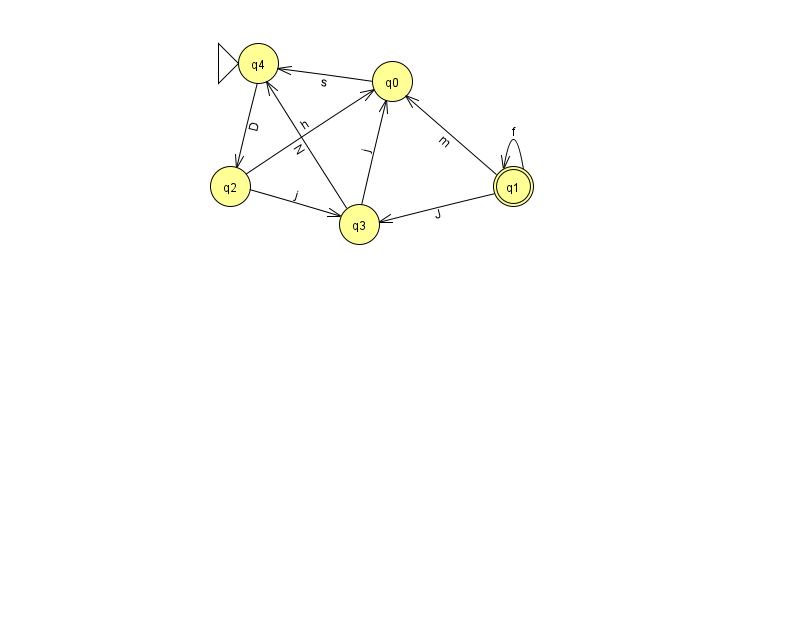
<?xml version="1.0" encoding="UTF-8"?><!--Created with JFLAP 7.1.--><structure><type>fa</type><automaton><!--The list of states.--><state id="0" name="q0"><x>392.0</x><y>68.0</y></state><state id="1" name="q1"><x>513.0</x><y>173.0</y><final/></state><state id="2" name="q2"><x>230.0</x><y>173.0</y></state><state id="3" name="q3"><x>359.0</x><y>211.0</y></state><state id="4" name="q4"><x>258.0</x><y>50.0</y><initial/></state><!--The list of transitions.--><transition><from>1</from><to>0</to><read>m</read></transition><transition><from>2</from><to>3</to><read>j</read></transition><transition><from>3</from><to>0</to><read>j</read></transition><transition><from>1</from><to>1</to><read>f</read></transition><transition><from>0</from><to>4</to><read>s</read></transition><transition><from>2</from><to>0</to><read>h</read></transition><transition><from>3</from><to>4</to><read>N</read></transition><transition><from>1</from><to>3</to><read>J</read></transition><transition><from>4</from><to>2</to><read>D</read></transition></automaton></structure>